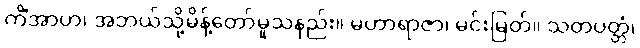
ကိံအာဟ၊ အဘယ်သို့မိန့်တော်မူသနည်း။ မဟာရာဇာ၊ မင်းမြတ်။ သတပတ္တံ၊